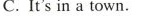
C.It's in a town.